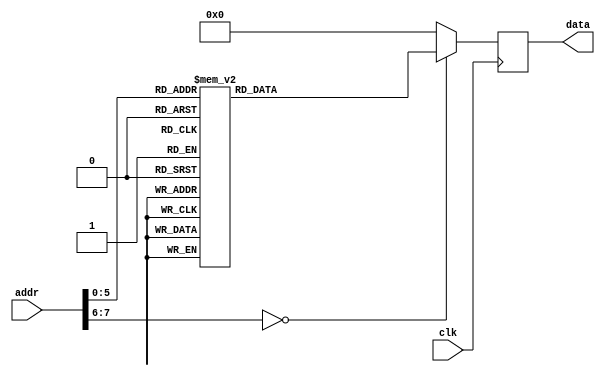
module rom #(
        parameter   DATA_WIDTH = 16,
        parameter   ADDR_WIDTH = 8          // 2 * 1024 bytes of ROM
    )(
        input  wire                  clk,
        input  wire [ADDR_WIDTH-1:0] addr,  // here comes the program counter
        output  reg [DATA_WIDTH-1:0] data   // here goes the instruction
    );

    reg [DATA_WIDTH-1:0] value;

    always @* begin
        case (addr)
             /*  rjmp    main     */
      0:    value = 16'b1100000000010100;
      /*  reti          */
      1:    value = 16'b1001010100011000;
      /*  reti          */
      2:    value = 16'b1001010100011000;
      /*  reti          */
      3:    value = 16'b1001010100011000;
      /*  reti          */
      4:    value = 16'b1001010100011000;
      /*  reti          */
      5:    value = 16'b1001010100011000;
      /*  reti          */
      6:    value = 16'b1001010100011000;
      /*  reti          */
      7:    value = 16'b1001010100011000;
      /*  reti          */
      8:    value = 16'b1001010100011000;
      /*  rjmp    tim0_compa_isr       */
      9:    value = 16'b1100000000000111;
      /*  reti          */
      10:      value = 16'b1001010100011000;
      /*  reti          */
      11:      value = 16'b1001010100011000;
      /*  reti          */
      12:      value = 16'b1001010100011000;
      /*  reti          */
      13:      value = 16'b1001010100011000;
      /*  reti          */
      14:      value = 16'b1001010100011000;
      /*  reti          */
      15:      value = 16'b1001010100011000;
      /*  reti          */
      16:      value = 16'b1001010100011000;
      /*  in   r16, porta     */
      17:      value = 16'b1011000100000010;
      /*  ldi  r17, 1      */
      18:      value = 16'b1110000000010001;
      /*  eor  r16, r17       */
      19:      value = 16'b0010011100000001;
      /*  out  porta, r16     */
      20:      value = 16'b1011100100000010;
      /*  ldi  r16, 1      */
      21:      value = 16'b1110000000000001;
      /*  out  ddra, r16      */
      22:      value = 16'b1011100100000001;
      /*  ldi  r16, 0      */
      23:      value = 16'b1110000000000000;
      /*  out  tccr0a, r16       */
      24:      value = 16'b1011101100001001;
      /*  ldi  r16, 1      */
      25:      value = 16'b1110000000000001;
      /*  out  tccr0b, r16       */
      26:      value = 16'b1011101100001000;
      /*  ldi  r16, 42     */
      27:      value = 16'b1110001000001010;
      /*  out  ocr0a, r16     */
      28:      value = 16'b1011101100000110;
      /*  ldi  r16, 2      */
      29:      value = 16'b1110000000000010;
      /*  out  timsk, r16     */
      30:      value = 16'b1011110100000110;
      /*  sei        */
      31:      value = 16'b1001010001111000;
      /*  rjmp    loop     */
      32:      value = 16'b1100111111111111;
      default:    value = 16'b0000000000000000;
        endcase
    end

    always @(negedge clk) begin
        data <= value;
    end

endmodule